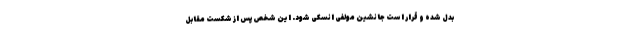
بدل شده و قرار است جانشین مولفی انسکی شود. این شخص پس از شکست مقابل